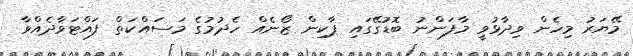
މޭޔަރު މިހެން ވިދާޅުވީ މާފަންނު ބޮޑުގޭގައި ޕާކިން ޒޯނެއް ހެދުމުގެ މަސައްކަތް ފައްޓަވާދެއްވާ